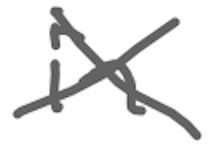
Text: in
Cross-out: cross
Writing tool: digital_gray